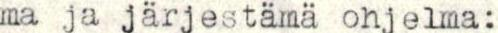
ma ja järjestämä ohjelma: